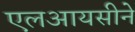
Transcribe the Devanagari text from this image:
एलआयसीने